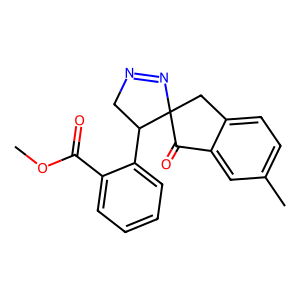
SMILES: COC(=O)c1ccccc1C1CN=NC12Cc1ccc(C)cc1C2=O
Inhibits HIV replication: No